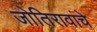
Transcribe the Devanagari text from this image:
जोतिरावांचे